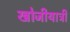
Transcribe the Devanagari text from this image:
खोजीयात्री